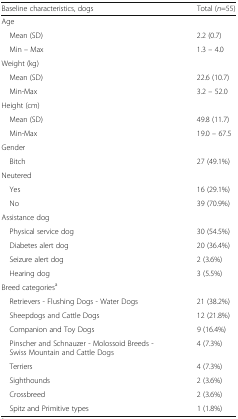
<table><thead><tr><td><b>Baseline characteristics, dogs</b></td><td><b>Total (<i>n</i>=55)</b></td></tr></thead><tbody><tr><td colspan="2">Age</td></tr><tr><td> Mean (SD)</td><td>2.2 (0.7)</td></tr><tr><td> Min – Max</td><td>1.3 – 4.0</td></tr><tr><td colspan="2">Weight (kg)</td></tr><tr><td> Mean (SD)</td><td>22.6 (10.7)</td></tr><tr><td> Min-Max</td><td>3.2 – 52.0</td></tr><tr><td colspan="2">Height (cm)</td></tr><tr><td> Mean (SD)</td><td>49.8 (11.7)</td></tr><tr><td> Min-Max</td><td>19.0 – 67.5</td></tr><tr><td colspan="2">Gender</td></tr><tr><td> Bitch</td><td>27 (49.1%)</td></tr><tr><td colspan="2">Neutered</td></tr><tr><td> Yes</td><td>16 (29.1%)</td></tr><tr><td> No</td><td>39 (70.9%)</td></tr><tr><td colspan="2">Assistance dog</td></tr><tr><td> Physical service dog</td><td>30 (54.5%)</td></tr><tr><td> Diabetes alert dog</td><td>20 (36.4%)</td></tr><tr><td> Seizure alert dog</td><td>2 (3.6%)</td></tr><tr><td> Hearing dog</td><td>3 (5.5%)</td></tr><tr><td colspan="2">Breed categories<sup>a</sup></td></tr><tr><td> Retrievers - Flushing Dogs - Water Dogs</td><td>21 (38.2%)</td></tr><tr><td> Sheepdogs and Cattle Dogs</td><td>12 (21.8%)</td></tr><tr><td> Companion and Toy Dogs</td><td>9 (16.4%)</td></tr><tr><td> Pinscher and Schnauzer - Molossoid Breeds - Swiss Mountain and Cattle Dogs</td><td>4 (7.3%)</td></tr><tr><td> Terriers</td><td>4 (7.3%)</td></tr><tr><td> Sighthounds</td><td>2 (3.6%)</td></tr><tr><td> Crossbreed</td><td>2 (3.6%)</td></tr><tr><td> Spitz and Primitive types</td><td>1 (1.8%)</td></tr></tbody></table>